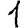
Digit: 1